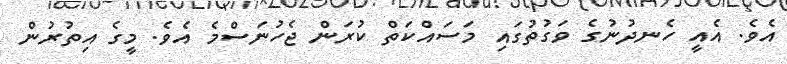
އެވެ. އެއީ ހެނދުނުގެ ވަގުތުގައި މަސައްކަތް ކުރަން ޖެހުނަސްމެ އެވެ. މީގެ އިތުރުން